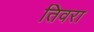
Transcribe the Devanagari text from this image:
तिवरा